Civil Veterinary Department Bihar & Orissa reports 1929-36 - 1929-1936
Year: 1929
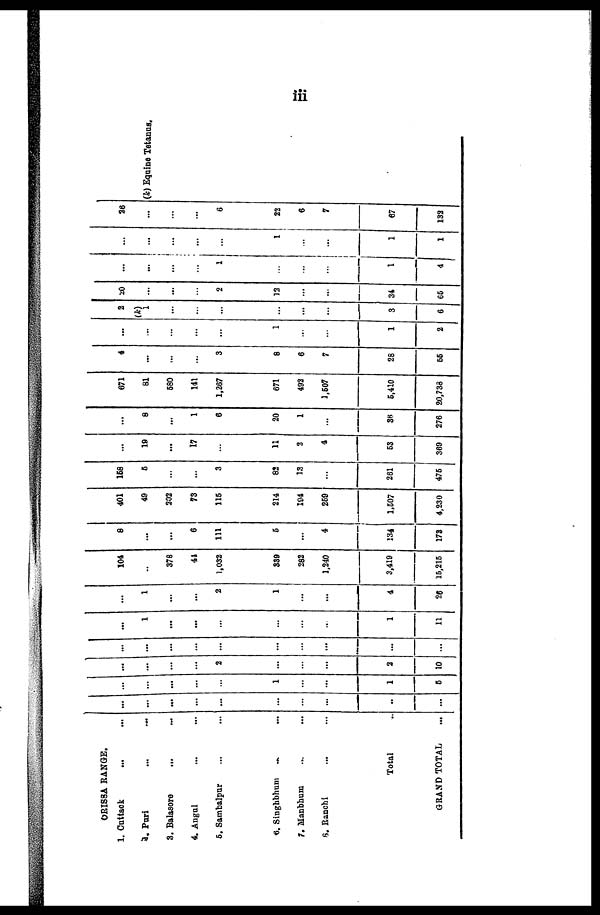
iii
ORISSA RANGE.
1. Cuttack ... ...
2. Puri ... ...
3. Balasore ... ...
4. Angul ... ....
5. Sambalpur ... ...
6. Singhbhum ... ...
7, Manbhum ... ...
8. Ranchi ... ...
Total
GRAND TOTAL ...
...
...
...
...
...
...
...
...
...
...
...
...
...
...
...
1
...
...
1
5
...
...
...
...
2
...
...
...
2
10
...
...
...
...
...
...
...
...
...
...
...
1
...
...
...
...
...
...
1
11
1
...
...
2
1
...
...
4
26
104
...
378
41
1,032
339
282
1,240
3,419
15,215
8
...
...
6
111
5
...
4
134
173
401
49
202
73
115
214
194
259
1,507
4,230
158
5
...
...
3
82
13
...
261
475
...
19
...
17
...
11
2
4
53
369
...
8
...
1
6
20
1
...
36
276
671
81
580
141
1,267
671
492
1,507
5,410
20,733
4
...
...
...
3
8
6
7
28
55
...
...
...
...
...
1
...
...
1
2
2
(k)
1
...
...
...
...
...
...
3
6
20
...
...
...
2
12
...
...
34
65
...
...
...
...
1
...
...
...
1
4
...
...
...
...
...
1
...
...
1
1
26
...
...
...
6
22
6
7
67
132
(k) Equine Tetanus.